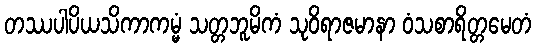
တဿပါပိယသိကာကမ္မံ သတ္တဘူမိကံ သုဝိရာဇမာနာ ဝံသစာရိတ္တမေတံ